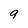
Character: 9